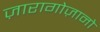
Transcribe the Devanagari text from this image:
ज़ारागोज़ानो